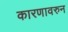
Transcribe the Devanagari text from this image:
कारणावरुन